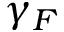
\gamma _ { F }